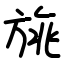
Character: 旐